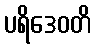
ပရိဒေဝတိ